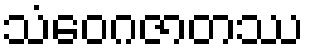
သံဝေဂဇာတဿ